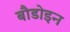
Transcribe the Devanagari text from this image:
बौडोइन